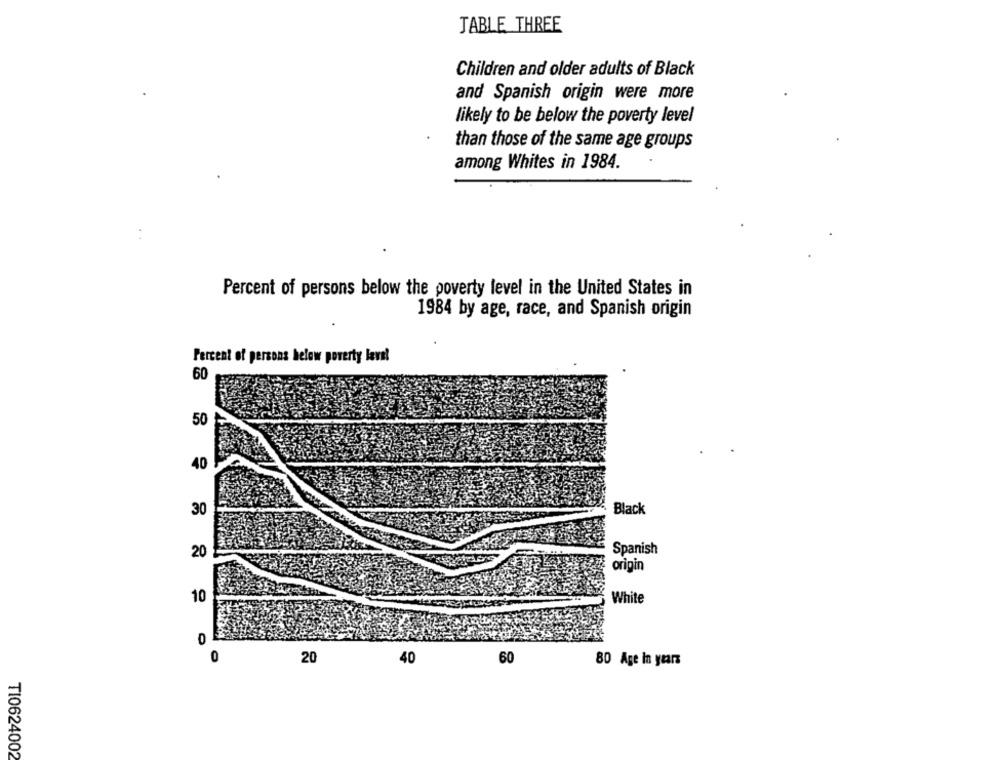
JABLE THREE
Children and older adults of Black
and Spanish origin were more
likely to be below the poverty level
than those of the same age groups
among Whites in 1984.
Percent of persons below the poverty level in the United States in
1984 by age, race, and Spanish origin
Percent of persons below poverty laval
60
50
40
30
Black
20
Spanish
origin
10
White
0
0
20
40
60
80 Age In years
TI0624002